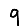
Digit: 9